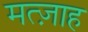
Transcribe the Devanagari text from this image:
मत्ज़ाह